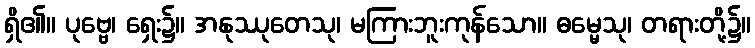
ရှိ၏။ ပုဗ္ဗေ၊ ရှေး၌။ အနုဿုတေသု၊ မကြားဘူးကုန်သော။ ဓမ္မေသု၊ တရားတို့၌။